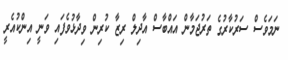
ނަމަވެސް ސަރުކާރުގެ ތަރުޖަމާން އައްބާސް އާދިލް ރިޒާ ކުރިން ވިދާޅުވެފައި ވަނީ އިންކުއެރީ